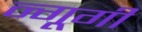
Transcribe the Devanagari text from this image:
न्गूगी